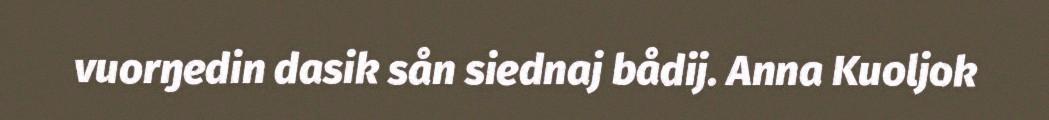
vuorŋedin dasik sån siednaj bådij. Anna Kuoljok